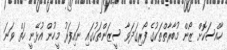
ހާއްސަކޮށް ޒޯން މުބާރާތްތަކުގެ ފޯރިގަދަވާ ސީޒަންތަކުގައި ނައިފަރު މީހުން އުޅޭނީ ހަތް ވަނަ